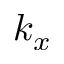
k _ { x }